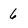
Character: 6